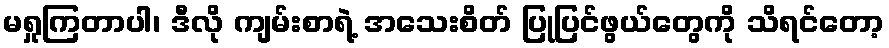
မရှုကြတာပါ၊ ဒီလို ကျမ်းစာရဲ့ အသေးစိတ် ပြုပြင်ဖွယ်တွေကို သိရင်တော့